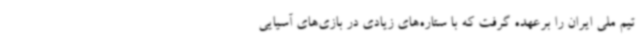
تیم ملی ایران را برعهده گرفت که با ستاره‌های زیادی در بازی‌های آسیایی